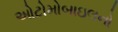
ઓટોમોબાઇલનો